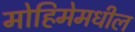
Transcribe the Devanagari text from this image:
मोहिमेमधील